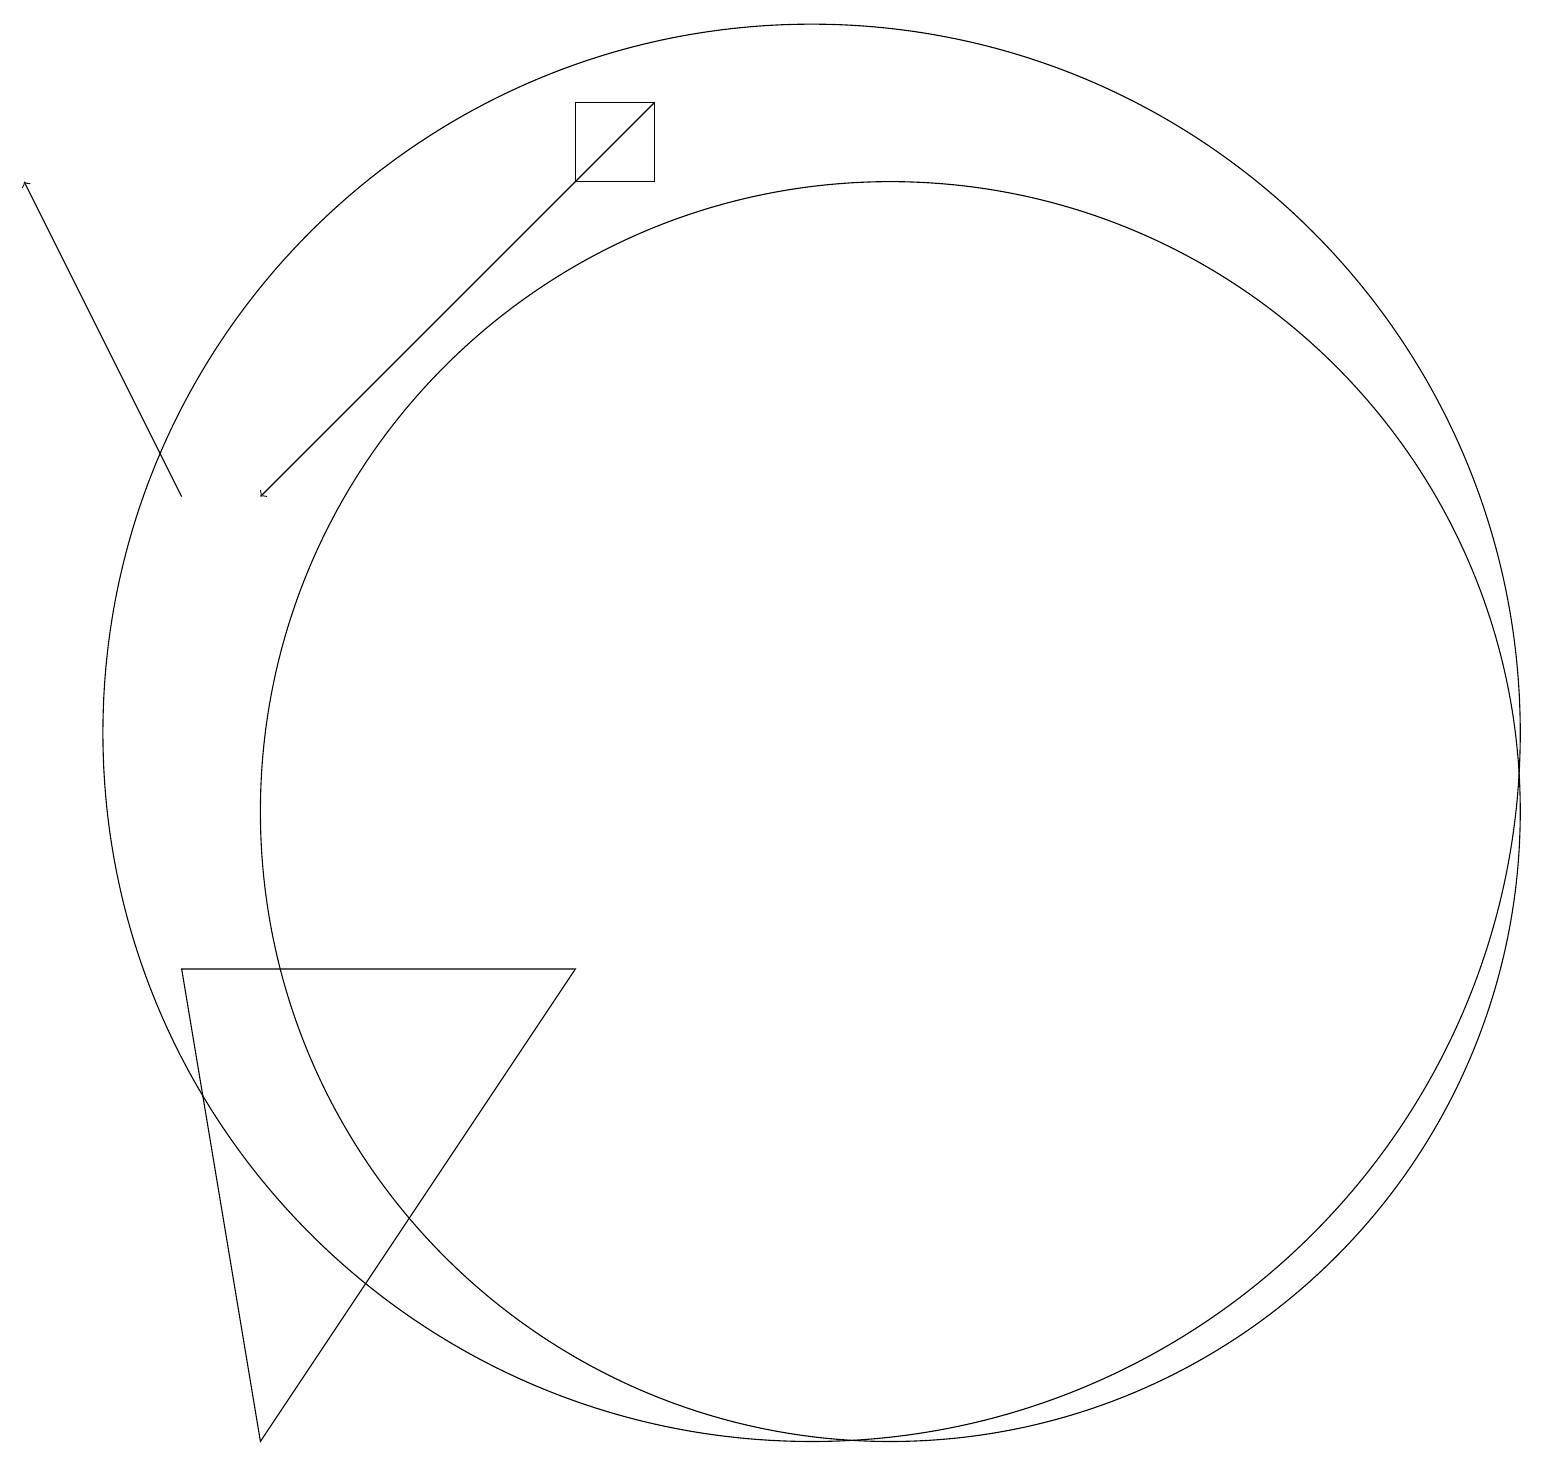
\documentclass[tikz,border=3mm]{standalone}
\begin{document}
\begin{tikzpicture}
\draw (8,19) rectangle (9,18);
\draw (3,8) -- (4,2) -- (8,8) -- cycle;
\draw[->] (9,19) -- (4,14);
\draw (12,10) circle (8);
\draw[->] (3,14) -- (1,18);
\draw (11,11) circle (9);
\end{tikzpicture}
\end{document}